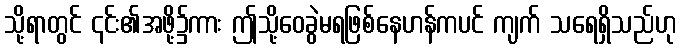
သို့ရာတွင် ၎င်း၏အဖို့၌ကား ဤသို့ဝေခွဲမရဖြစ်နေဟန်ကပင် ကျက် သရေရှိသည်ဟု